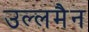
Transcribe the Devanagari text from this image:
उल्लमैन